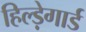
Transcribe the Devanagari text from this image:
हिल्ड़ेगार्ड